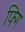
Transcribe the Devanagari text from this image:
फ्गि